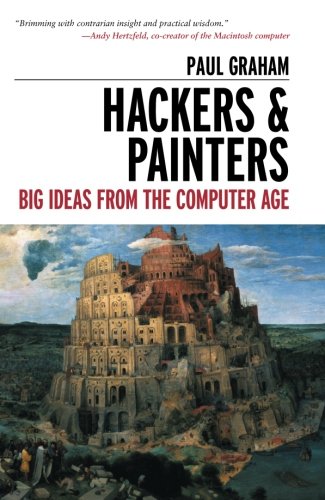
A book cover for Hackers & Painters: Big Ideas from the Computer Age; Paul Graham; Computers & Technology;